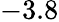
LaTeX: -3.8